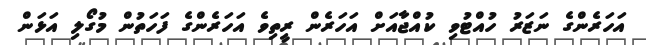
އަހަރެންގެ ނަޒަރު ހުއްޓުވި ކުއްޖާއަށް އަހަރެން ރީތިވެ އަހަރެންގެ ފަހަތުން މުގޯލި އަޅަން